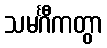
သမင်္ဂီကတွာ